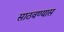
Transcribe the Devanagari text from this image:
साठवण्यास